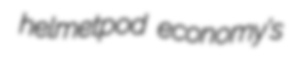
helmetpod economy's